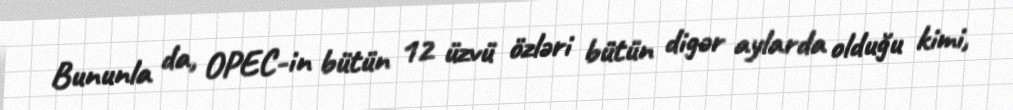
Bununla da, OPEC-in bütün 12 üzvü özləri bütün digər aylarda olduğu kimi,